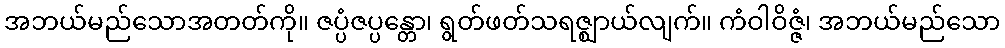
အဘယ်မည်သောအတတ်ကို။ ဇပ္ပံဇပ္ပန္တော၊ ရွတ်ဖတ်သရဇ္ဈာယ်လျက်။ ကံဝါဝိဇ္ဇံ၊ အဘယ်မည်သော